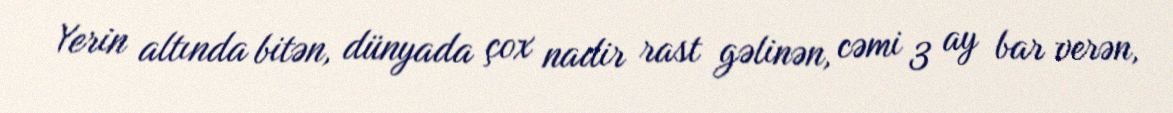
Yerin altında bitən, dünyada çox nadir rast gəlinən, cəmi 3 ay bar verən,